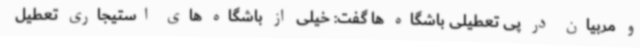
و مربیان در پی تعطیلی باشگاه ها گفت: خیلی از باشگاه های استیجاری تعطیل